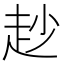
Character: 赻